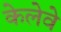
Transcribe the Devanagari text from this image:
केलेवे